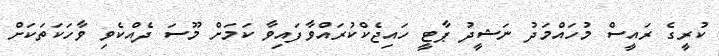
ކުރީގެ ރައީސް މުހައްމަދު ނަޝީދު ޕާޓީ ހައިޖެކްކުރައްވާފައިވާ ކަމަށް މޫސަ ދެއްކެވި ވާހަކަތަކަށް